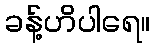
ခန့်ဟိပါရေ။